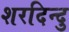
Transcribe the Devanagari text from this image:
शरदिन्दु